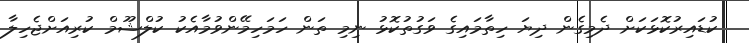
ކުޑައިރުކޮޅަކަށް ދެމިގެން ދިޔަ ހިތާމައިގެ ވަގުތުކޮޅު ނިމި ތަން ހަމަހިމޭންވުމާއެކު ކުލްޝޫމް ކުރިއަށްޖެހިލާ